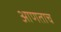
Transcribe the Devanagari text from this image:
आणताच